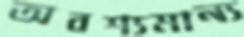
অবশ্যমান্য